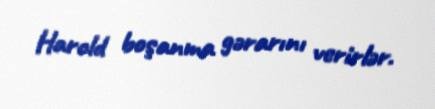
Harold boşanma gərarını verirlər.